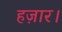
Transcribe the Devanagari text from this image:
हज़ार।